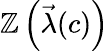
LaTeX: \mathbb{Z}\left(\vec{{\lambda}}(c)\right)